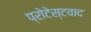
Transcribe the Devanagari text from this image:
प्रोटेस्टवाद